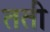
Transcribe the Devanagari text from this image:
ततो॑